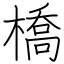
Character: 橋